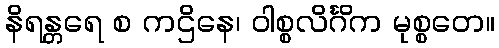
နိရန္တရေ စ ကဌိနေ၊ ဝါစ္စလိင်္ဂိက မုစ္စတေ။